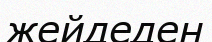
жейдеден